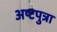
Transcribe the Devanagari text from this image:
अष्टपुत्रा